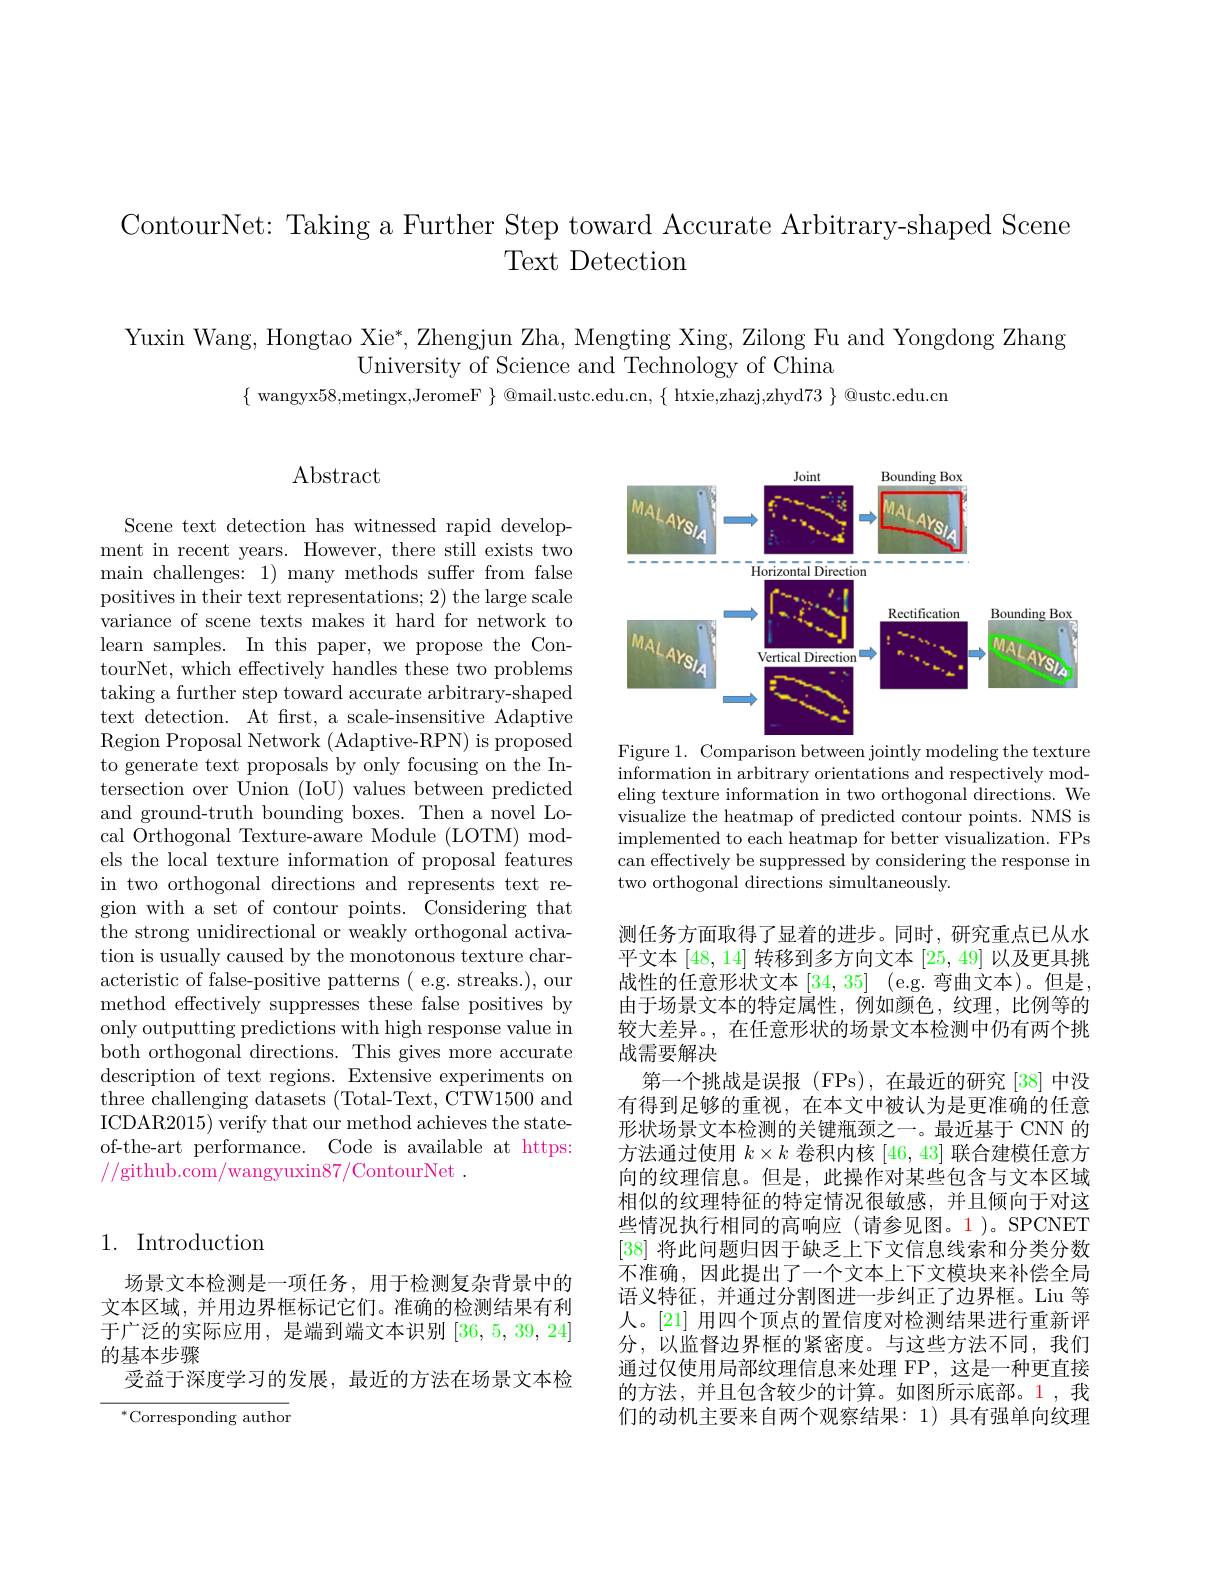
ContourNet: Taking a Further Step toward Accurate Arbitrary-shaped Scene
Text Detection

Yuxin Wang, Hongtao Xie*, Zhengjun Zha, Mengting Xing, Zilong Fu and Yongdong Zhang
University of Science and Technology of China
$\{$ wangyx58,metingx,JeromeF $\}$ @mail.ustc.edu.cn, $\{$ htxie,zhazj,zhyd$73\}$ @ustc.edu.cn

## Abstract

Scene text detection has witnessed rapid development in recent years. However, there still exists two main challenges: 1) many methods suffer from false positives in their text representations; 2) the large scale variance of scene texts makes it hard for network to learn samples. In this paper, we propose the ContourNet, which effectively handles these two problems taking a further step toward accurate arbitrary-shaped text detection. At frst, a scale-insensitive Adaptive Region Proposal Network (Adaptive-RPN) is proposed to generate text proposals by only focusing on the Intersection over Union (IoU) values between predicted and ground-truth bounding boxes. Then a novel Local Orthogonal Texture-aware Module (LOTM) models the local texture information of proposal features in two orthogonal directions and represents text region with a set of contour points. Considering that the strong unidirectional or weakly orthogonal activation is usually caused by the monotonous texture characteristic of false-positive patterns ( e.g. streaks.), our method effectively suppresses these false positives by only outputting predictions with high response value in both orthogonal directions. This gives more accurate description of text regions. Extensive experiments on $\bar{\text{three challenging datasets (Total-Text, CTW1500 and}}$ ICDAR2015) verify that our method achieves the stateof-the-art performance. Code is available at https: //github.com/wangyuxin87/ContourNet .

## 1. Introduction

场景文本检测是一项任务，用于检测复杂背景中的文本区域，并用边界框标记它们。准确的检测结果有利于广泛的实际应用，是端到端文本识别[36,5,39,24] 的基本步骤
受益于深度学习的发展，最近的方法在场景文本检

$^{*}$Corresponding author

<FigureHere>
Figure 1. Comparison between jointly modeling the texture

information in arbitrary orientations and respectively modeling texture information in two orthogonal directions. We visualize the heatmap of predicted contour points. NMS is implemented to each heatmap for better visualization. FPs can effectively be suppressed by considering the response in two orthogonal directions simultaneously.

测任务方面取得了显着的进步。同时，研究重点已从水平文本[48,14]转移到多方向文本[25,49]以及更具挑战性的任意形状文本[34,35] (e.g. 弯曲文本)。但是， 由于场景文本的特定属性，例如颜色，纹理，比例等的较大差异。,在任意形状的场景文本检测中仍有两个挑战需要解决
第一个挑战是误报(FPs),在最近的研究[38]中没有得到足够的重视，在本文中被认为是更准确的任意形状场景文本检测的关键瓶颈之一。最近基于 CNN 的方法通过使用$k\times k$卷积内核[46,43]联合建模任意方向的纹理信息。但是，此操作对某些包含与文本区域相似的纹理特征的特定情况很敏感，并且倾向于对这些情况执行相同的高响应(请参见图。1)。SPCNET [38]将此问题归因于缺乏上下文信息线索和分类分数不准确，因此提出了一个文本上下文模块来补偿全局语义特征，并通过分割图进一步纠正了边界框。Liu 等人。[21] 用四个顶点的置信度对检测结果进行重新评分，以监督边界框的紧密度。与这些方法不同，我们通过仅使用局部纹理信息来处理 FP, 这是一种更直接的方法，并且包含较少的计算。如图所示底部。1,我们的动机主要来自两个观察结果：1) 具有强单向纹理